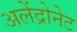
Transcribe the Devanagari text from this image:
अलेंद्रोनेट